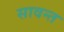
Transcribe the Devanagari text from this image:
सावन्‍त